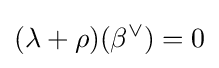
(\lambda +\rho )(\beta ^{\vee })=0